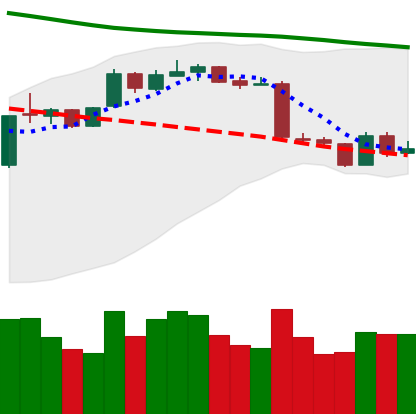
Ticker: ETH-USD
Chart end date: 2019-01-16
Forward return: -5.172%
Label: down_5_7